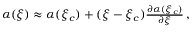
\begin{array} { r } { \alpha ( \xi ) \approx \alpha ( \xi _ { c } ) + ( \xi - \xi _ { c } ) \frac { \partial \alpha ( \xi _ { c } ) } { \partial \xi } \, , } \end{array}